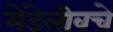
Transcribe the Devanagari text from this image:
मेंडेलीवचे